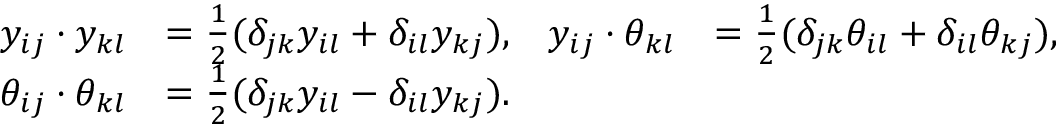
\begin{array} { r l r l } { y _ { i j } \cdot y _ { k l } } & { = \frac { 1 } { 2 } ( \delta _ { j k } y _ { i l } + \delta _ { i l } y _ { k j } ) , } & { y _ { i j } \cdot \theta _ { k l } } & { = \frac { 1 } { 2 } ( \delta _ { j k } \theta _ { i l } + \delta _ { i l } \theta _ { k j } ) , } \\ { \theta _ { i j } \cdot \theta _ { k l } } & { = \frac { 1 } { 2 } ( \delta _ { j k } y _ { i l } - \delta _ { i l } y _ { k j } ) . } \end{array}